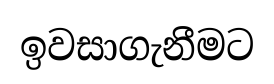
ඉවසාගැනීමට